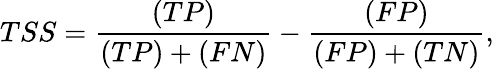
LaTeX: TSS=\frac{(TP)}{(TP)+(FN)}-\frac{(FP)}{(FP)+(TN)},